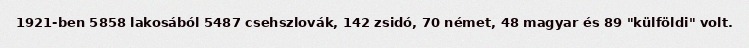
1921-ben 5858 lakosából 5487 csehszlovák, 142 zsidó, 70 német, 48 magyar és 89 "külföldi" volt.